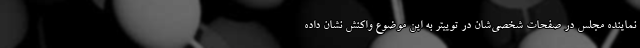
نماینده مجلس در صفحات شخصی‌شان در توییتر به این موضوع واکنش نشان داده